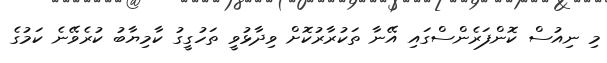
މި ނިއުސް ކޮންފަރެންސްގައި އޭނާ ތަކުރާރުކޮށް ވިދާޅުވީ ތަހުގީގު ކާމިޔާބު ކުރެވޭނެ ކަމުގެ